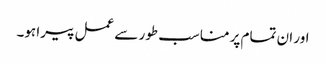
اور ان تمام پر مناسب طور سے عمل پیرا ہو۔